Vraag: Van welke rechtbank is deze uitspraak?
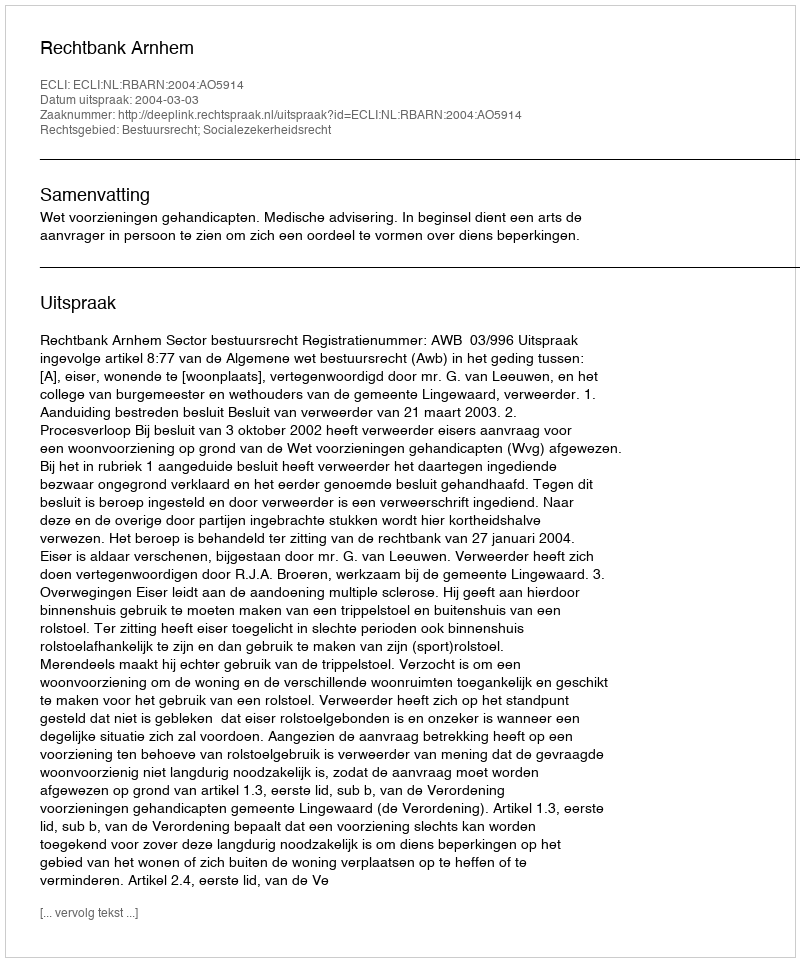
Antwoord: Rechtbank Arnhem